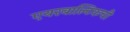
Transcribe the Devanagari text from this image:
एयरबाल्टिकची